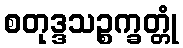
စတုဒ္ဒသဉ္စက္ခတ္တုံ